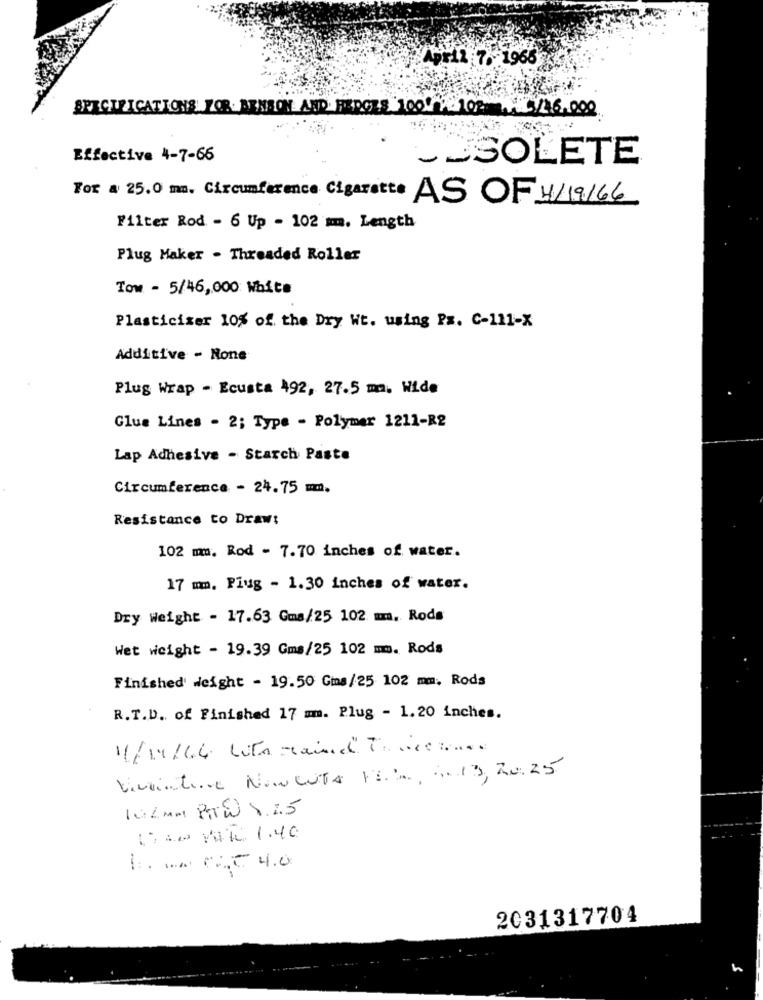
April 7. 1966
SPECIFICATIONS FOR BENSON AND PAROLE 100 104.6.000
Effective 4-7-66
JJSOLETE
For a 25.0 mm. Circumference Cigarette AS OF 4/19/66
Filter Rod - 6 Up - 102 mm. Length
Plug Maker - Threaded Roller
Tow - 5/46,000 Wbita
Plasticiser 10% of the Dry Wt. using Px. C-111-X
Additive - None
Plug Wrap - Ecusta 492, 27.5 m. Wide
Glue Lines - 2; Type - Polymer 1211-R2
Lap Adhesive - Starch Paste
Circumference - 24.75 mm.
Resistance to Draw:
102 mm. Rod - 7.70 inches of water.
17 mm. Plug - 1.30 inches of water.
Dry Weight - 17.63 Gms/25 102 mm. Rods
Wet weight - 19.39 Gms/25 102 mm. Rods
Finished' weight - 19.50 Gms/25 102 mm. Rods
R.T.D. of Finished 17 mm. Plug - 1.20 inches.
11/19/44 Wto Maind" Trace :me
Vivviative Now lite PEia Ge19, 20. 25
102MM PTW X.25
LOAD VAK 1.40
-
2031317704